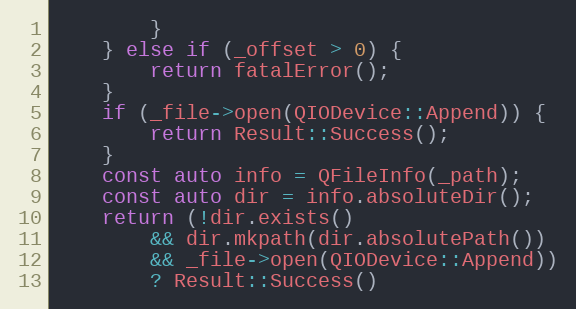
Language: C++
		}
	} else if (_offset > 0) {
		return fatalError();
	}
	if (_file->open(QIODevice::Append)) {
		return Result::Success();
	}
	const auto info = QFileInfo(_path);
	const auto dir = info.absoluteDir();
	return (!dir.exists()
		&& dir.mkpath(dir.absolutePath())
		&& _file->open(QIODevice::Append))
		? Result::Success()